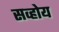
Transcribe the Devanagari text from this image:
सव्होय